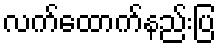
လက်ထောက်နည်းပြ